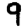
Digit: 9